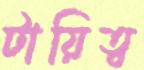
টায়িত্ব